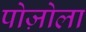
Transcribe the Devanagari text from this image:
पोज़ोला